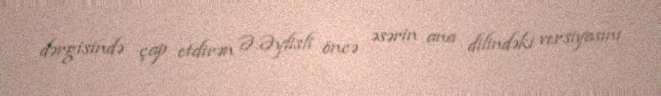
dərgisində çap etdirən Ə.Əylisli öncə əsərin ana dilindəki versiyasını